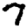
Digit: 7